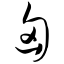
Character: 匈